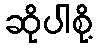
ဆိုပါစို့